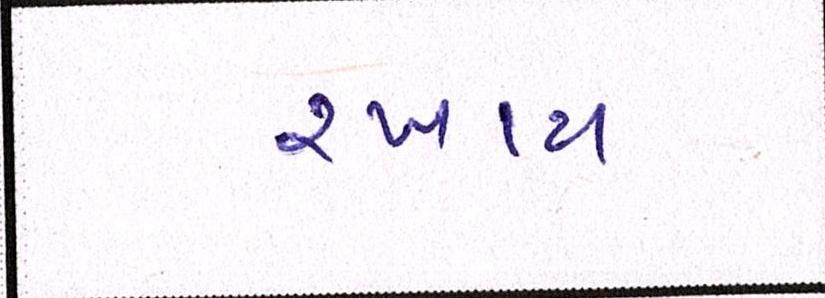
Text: રખાય